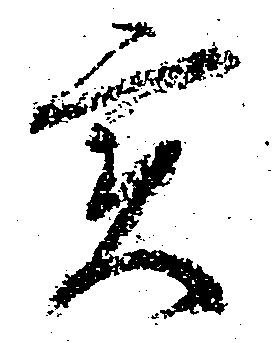
実